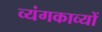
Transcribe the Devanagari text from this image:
व्यंगकाव्यों